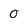
Character: 0